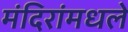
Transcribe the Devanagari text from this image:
मंदिरांमधले